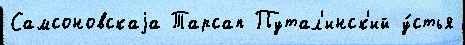
Самсоновскаjа Тарсап Путал'инск'ий у́стья